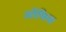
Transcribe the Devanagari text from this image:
अॉफिस